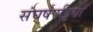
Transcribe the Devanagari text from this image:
संघर्षपट्टियाँ